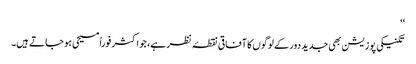
‘‘
تکنیکی پوزیشن بھی جدید دور کے لوگوں کا آفاقی نقطۂ نظر ہے، جو اکثر فوراً مسیحی ہو جاتے ہیں۔